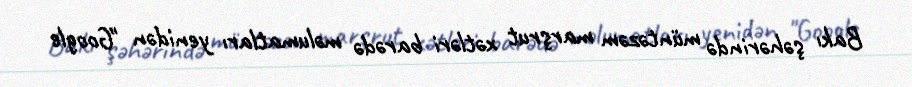
Bakı şəhərində müntəzəm marşrut xətləri barədə məlumatları yenidən "Google